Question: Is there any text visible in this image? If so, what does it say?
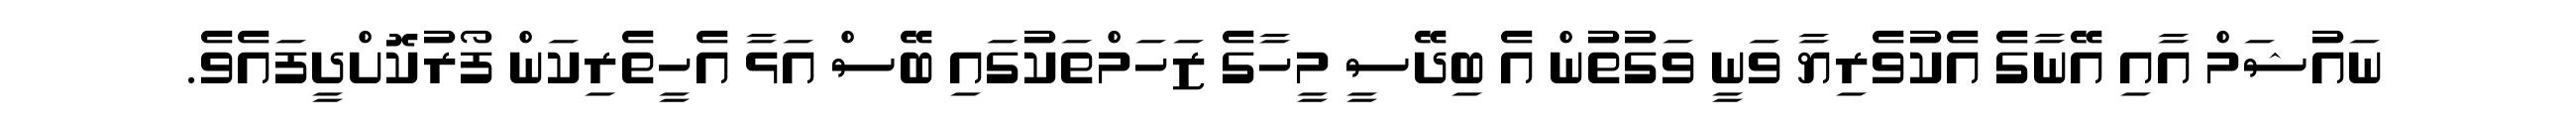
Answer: ނައުޝަމް އާއި އޭނާގެ އެކުވެރިޔާ ވަނީ ވަގުތުން އެ ބިދޭސީ މީހާގެ ޒަހަމްތަކުގައި ބޭސް އަޅާ އެހީތެރިކަން ފޯރުކޮށްދީފައެވެ.